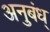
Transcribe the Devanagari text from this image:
अनुबंध्